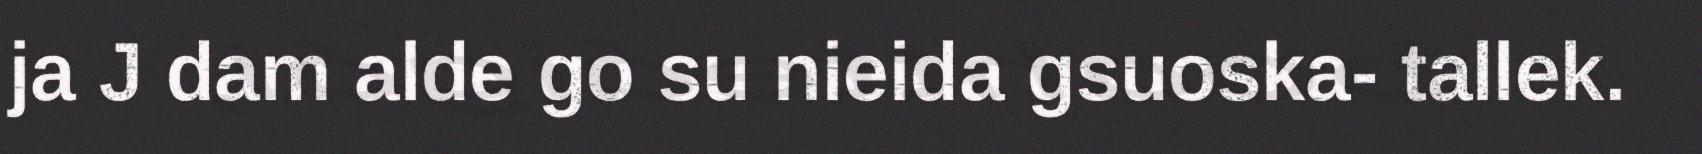
ja J dam alde go su nieida gsuoska- tallek.